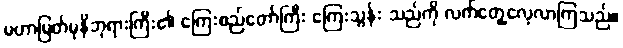
မဟာမြတ်မုနိဘုရားကြီး၏ ကြေးစည်တော်ကြီး ကြေးသွန်း သည်ကို လက်တွေ့လေ့လာကြသည်။